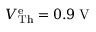
V \mathrm { _ { T h } ^ { e } } = 0 . 9 \: \mathrm { V }